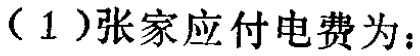
（1）张家应付电费为：